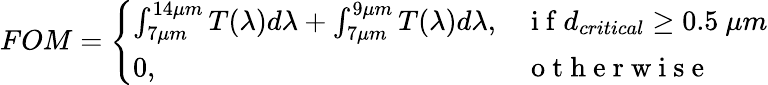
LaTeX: FOM=\left\{ \begin{array}{ll}{\int_{7\mu m}^{14\mu m}T(\lambda)d\lambda+\int_{7\mu m}^{9\mu m}T(\lambda)d\lambda,}&{\mathrm{~i~f~}d_{critical}\geq 0.5~\mu m}\\ {0,}&{\mathrm{~o~t~h~e~r~w~i~s~e~}}\end{array}\right.